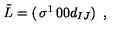
\tilde { L } = \left( \begin{matrix} { \sigma ^ { 1 } } & { 0 } \\ { 0 } & { d _ { I J } } \\ \end{matrix} \right) \ ,